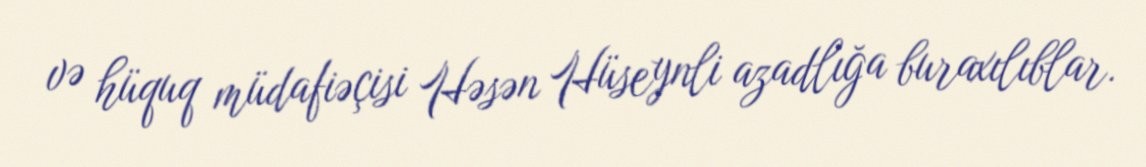
və hüquq müdafiəçisi Həsən Hüseynli azadlığa buraxılıblar.